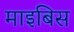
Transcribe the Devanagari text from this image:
माइबिस